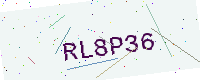
Text: RL8P36